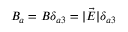
B _ { a } = B \delta _ { a 3 } = | \vec { E } | \delta _ { a 3 }